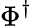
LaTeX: \Phi^{\dagger}